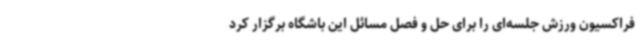
فراکسیون ورزش جلسه‌ای را برای حل و فصل مسائل این باشگاه برگزار کرد